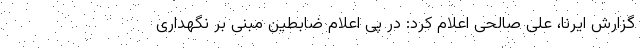
گزارش ایرنا، علی صالحی اعلام کرد: در پی اعلام ضابطین مبنی بر نگهداری